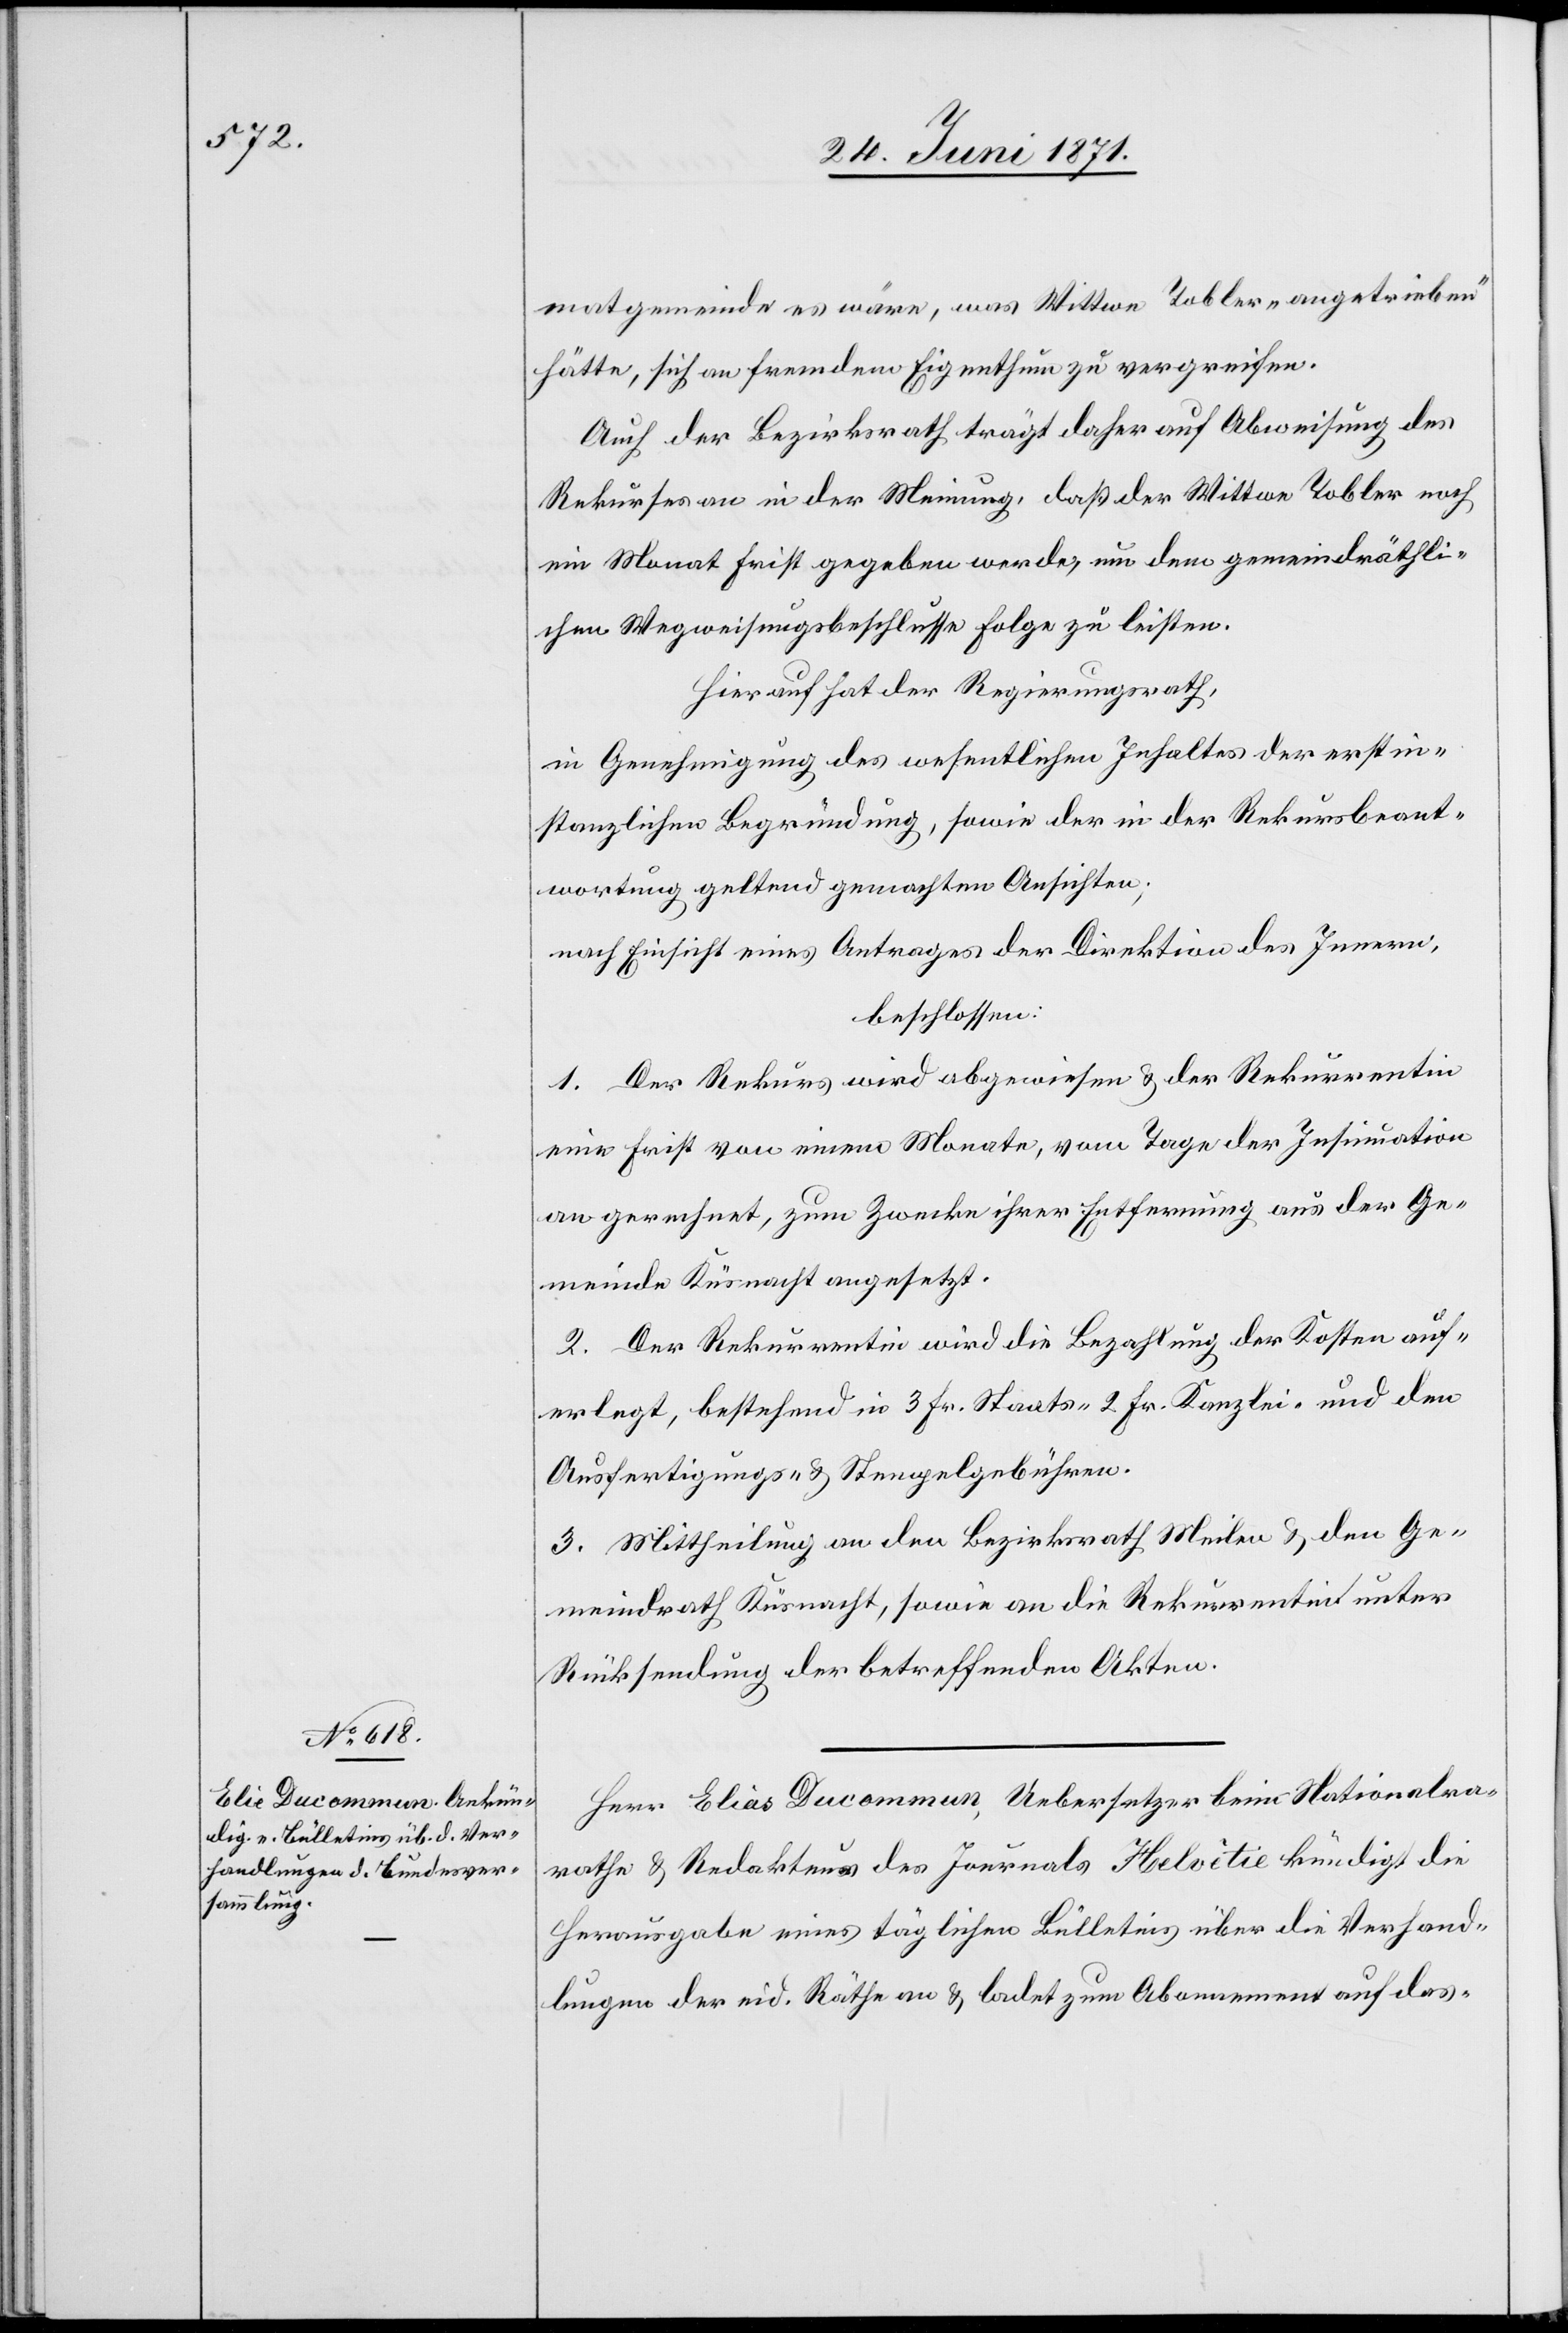
Herr Elias [sic!] Ducommun Uebersetzer beim Nationalra¬
the u. Redakteur des Journals Helvètie kündigt die
Herausgabe eines täglichen Bülletins über die Verhand¬
lungen der eid. Räthe an u. ladet zum Abonnement auf des-